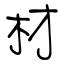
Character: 材